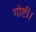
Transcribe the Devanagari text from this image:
गोष्टी।